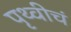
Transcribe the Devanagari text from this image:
पृथ्वीचं